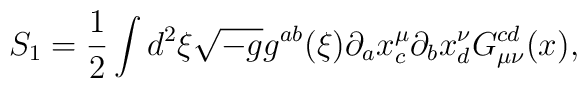
S_{1}=\frac{1}{2}\int d^{2}\xi \sqrt{-g}g^{ab}(\xi )\partial _{a}x_{c}^{\mu}\partial _{b}x_{d}^{\nu }G_{\mu \nu }^{cd}(x),